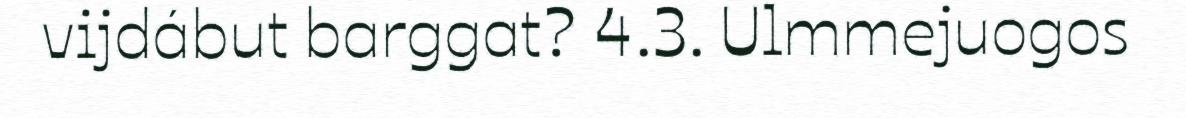
vijdábut barggat? 4.3. Ulmmejuogos